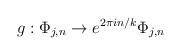
LaTeX: \begin{align*}g: \Phi_{j,n} \to e^{2 \pi i n/k} \Phi_{j,n}\end{align*}